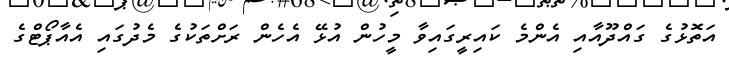
އަތޮޅުގެ ގައްދޫއާއި އެންމެ ކައިރީގައިވާ މީހުން އުޅޭ އެހެން ރަށްތަކުގެ މެދުގައި އެއާޕޯޓްގެ